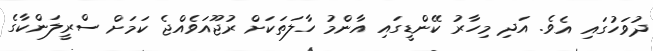
ދުވަހުގައި އެވެ. އަދި މިހާރު ކޭންޑީގައި އާންމު ހާލަތަކަށް ރުޖޫއަވެއްޖެ ކަމަށް ސްރީލަންކާގެ